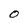
Character: O